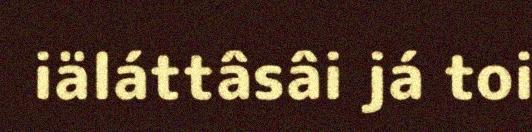
iäláttâsâi já toi